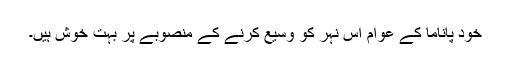
خود پاناما کے عوام اس نہر کو وسیع کرنے کے منصوبے پر بہت خوش ہیں۔